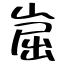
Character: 崫